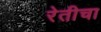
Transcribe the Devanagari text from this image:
रेतीचा